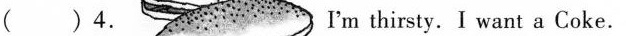
( )4. I'm thirsty. I want a Coke.